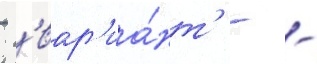
- 'вар'иа́нт' - -